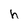
Character: h